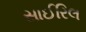
સાઈરિલ